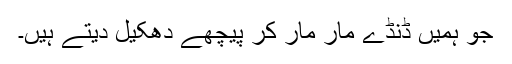
جو ہمیں ڈنڈے مار مار کر پیچھے دھکیل دیتے ہیں۔